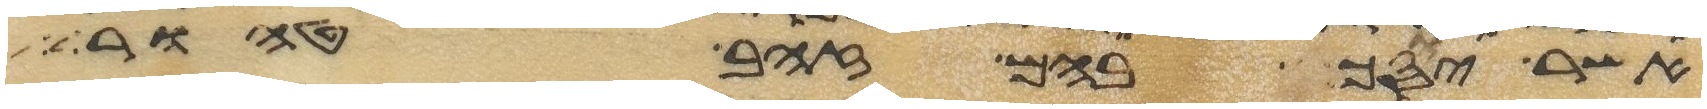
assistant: אשר יוסך בהם זהב טהור